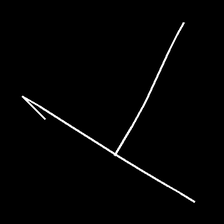
Glyph: column